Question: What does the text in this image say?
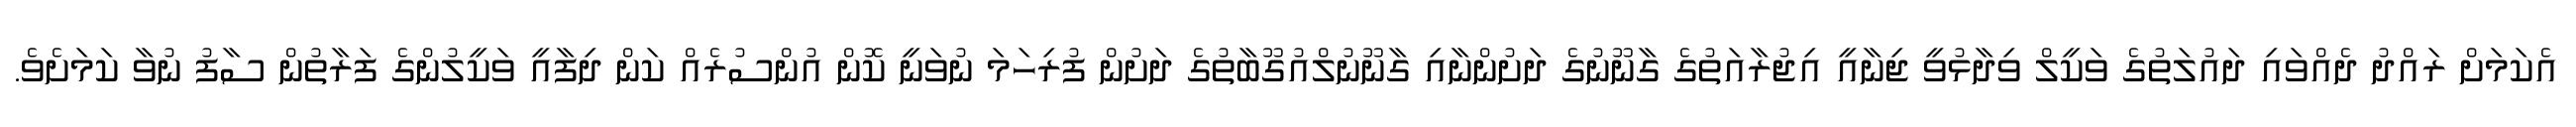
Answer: އެކަމަށް ރައްދު ދެއްވައި ދައުލަތުގެ ވަކީލް ވިދާޅުވީ ޖިނާއީ އިޖުރާއަތުގެ ގާނޫނުގެ ދަށުންނާއި ގާނޫނުލްއުގޫބާތުގެ ދަށުން ފުރިހަމަ ނުވަނީ ކޮން އުންސުރެއް ކަން ދިފާއީ ވަކީލުންގެ ފަރާތުން ސާފު ނުވާ ކަމަށެވެ.